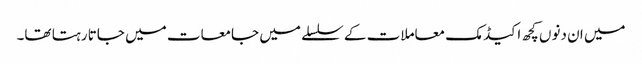
میں ان دنوں کچھ اکیڈمک معاملات کے سلسلے میں جامعات میں جاتا رہتا تھا۔